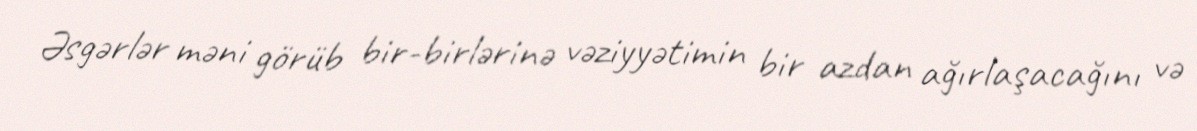
Əsgərlər məni görüb bir-birlərinə vəziyyətimin bir azdan ağırlaşacağını və